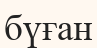
бүған